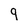
Character: q